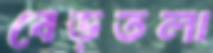
বেড়তলা